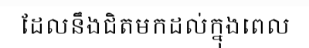
ដែលនឹងជិតមកដល់ក្នុងពេល